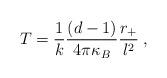
LaTeX: \begin{align*}T=\frac{1}{k}\frac{(d-1)}{4\pi \kappa _{B}}\frac{r_{+}}{l^{2}}\;, \end{align*}